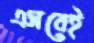
এসবেই